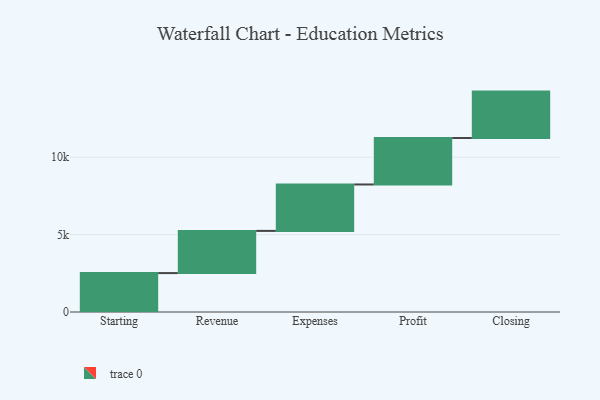
{"axis": {"x": "Step", "y": "Value"}, "legend": [""], "data": [{"x": "Starting", "y": 2514.0, "type": ""}, {"x": "Revenue", "y": 2726.0, "type": ""}, {"x": "Expenses", "y": 3000, "type": ""}, {"x": "Profit", "y": 3000, "type": ""}, {"x": "Closing", "y": 3000, "type": ""}]}